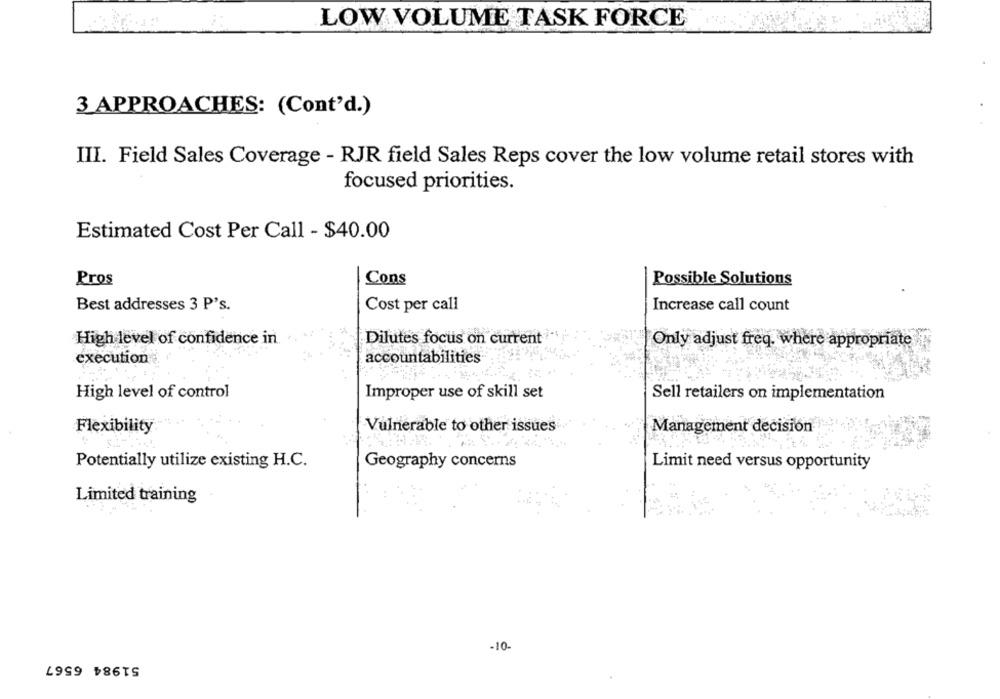
LOW VOLUME TASK FORCE
3 APPROACHES: (Cont'd.)
III. Field Sales Coverage - RJR field Sales Reps cover the low volume retail stores with
focused priorities.
Estimated Cost Per Call - $40.00
Pros
Cons
Possible Solutions
Best addresses 3 P's.
Cost per call
Increase call count
High level of confidence in
Dilutes focus on current
Only adjust freq. where appropriate
execution
accountabilities
High level of control
Improper use of skill set
Sell retailers on implementation
Flexibility
Vulnerable to other issues
Management decision
Potentially utilize existing H.C.
Geography concerns
Limit need versus opportunity
Limited training
-10-
51984 6567